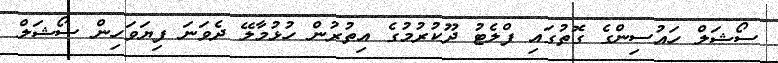
ސޯޝަލް ހައުސިންގެ ގޮތުގައި ފްލެޓު ދޫކުރުމުގެ އިތުރުން ހުޅުމާލޭ ދެވަނަ ފިޔަވަހިން ސޯޝަލް